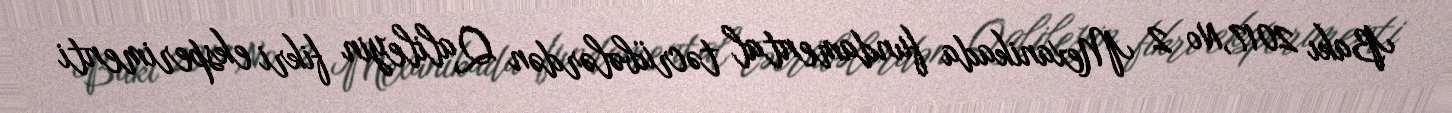
Bakı 2017,№ 2 Mexanikada fundamental təcrübələrdən Qalileyin fikri eksperimenti